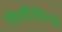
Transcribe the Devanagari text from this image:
चित्रशैलींकडे